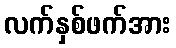
လက်နှစ်ဖက်အား